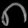
Digit: ၈